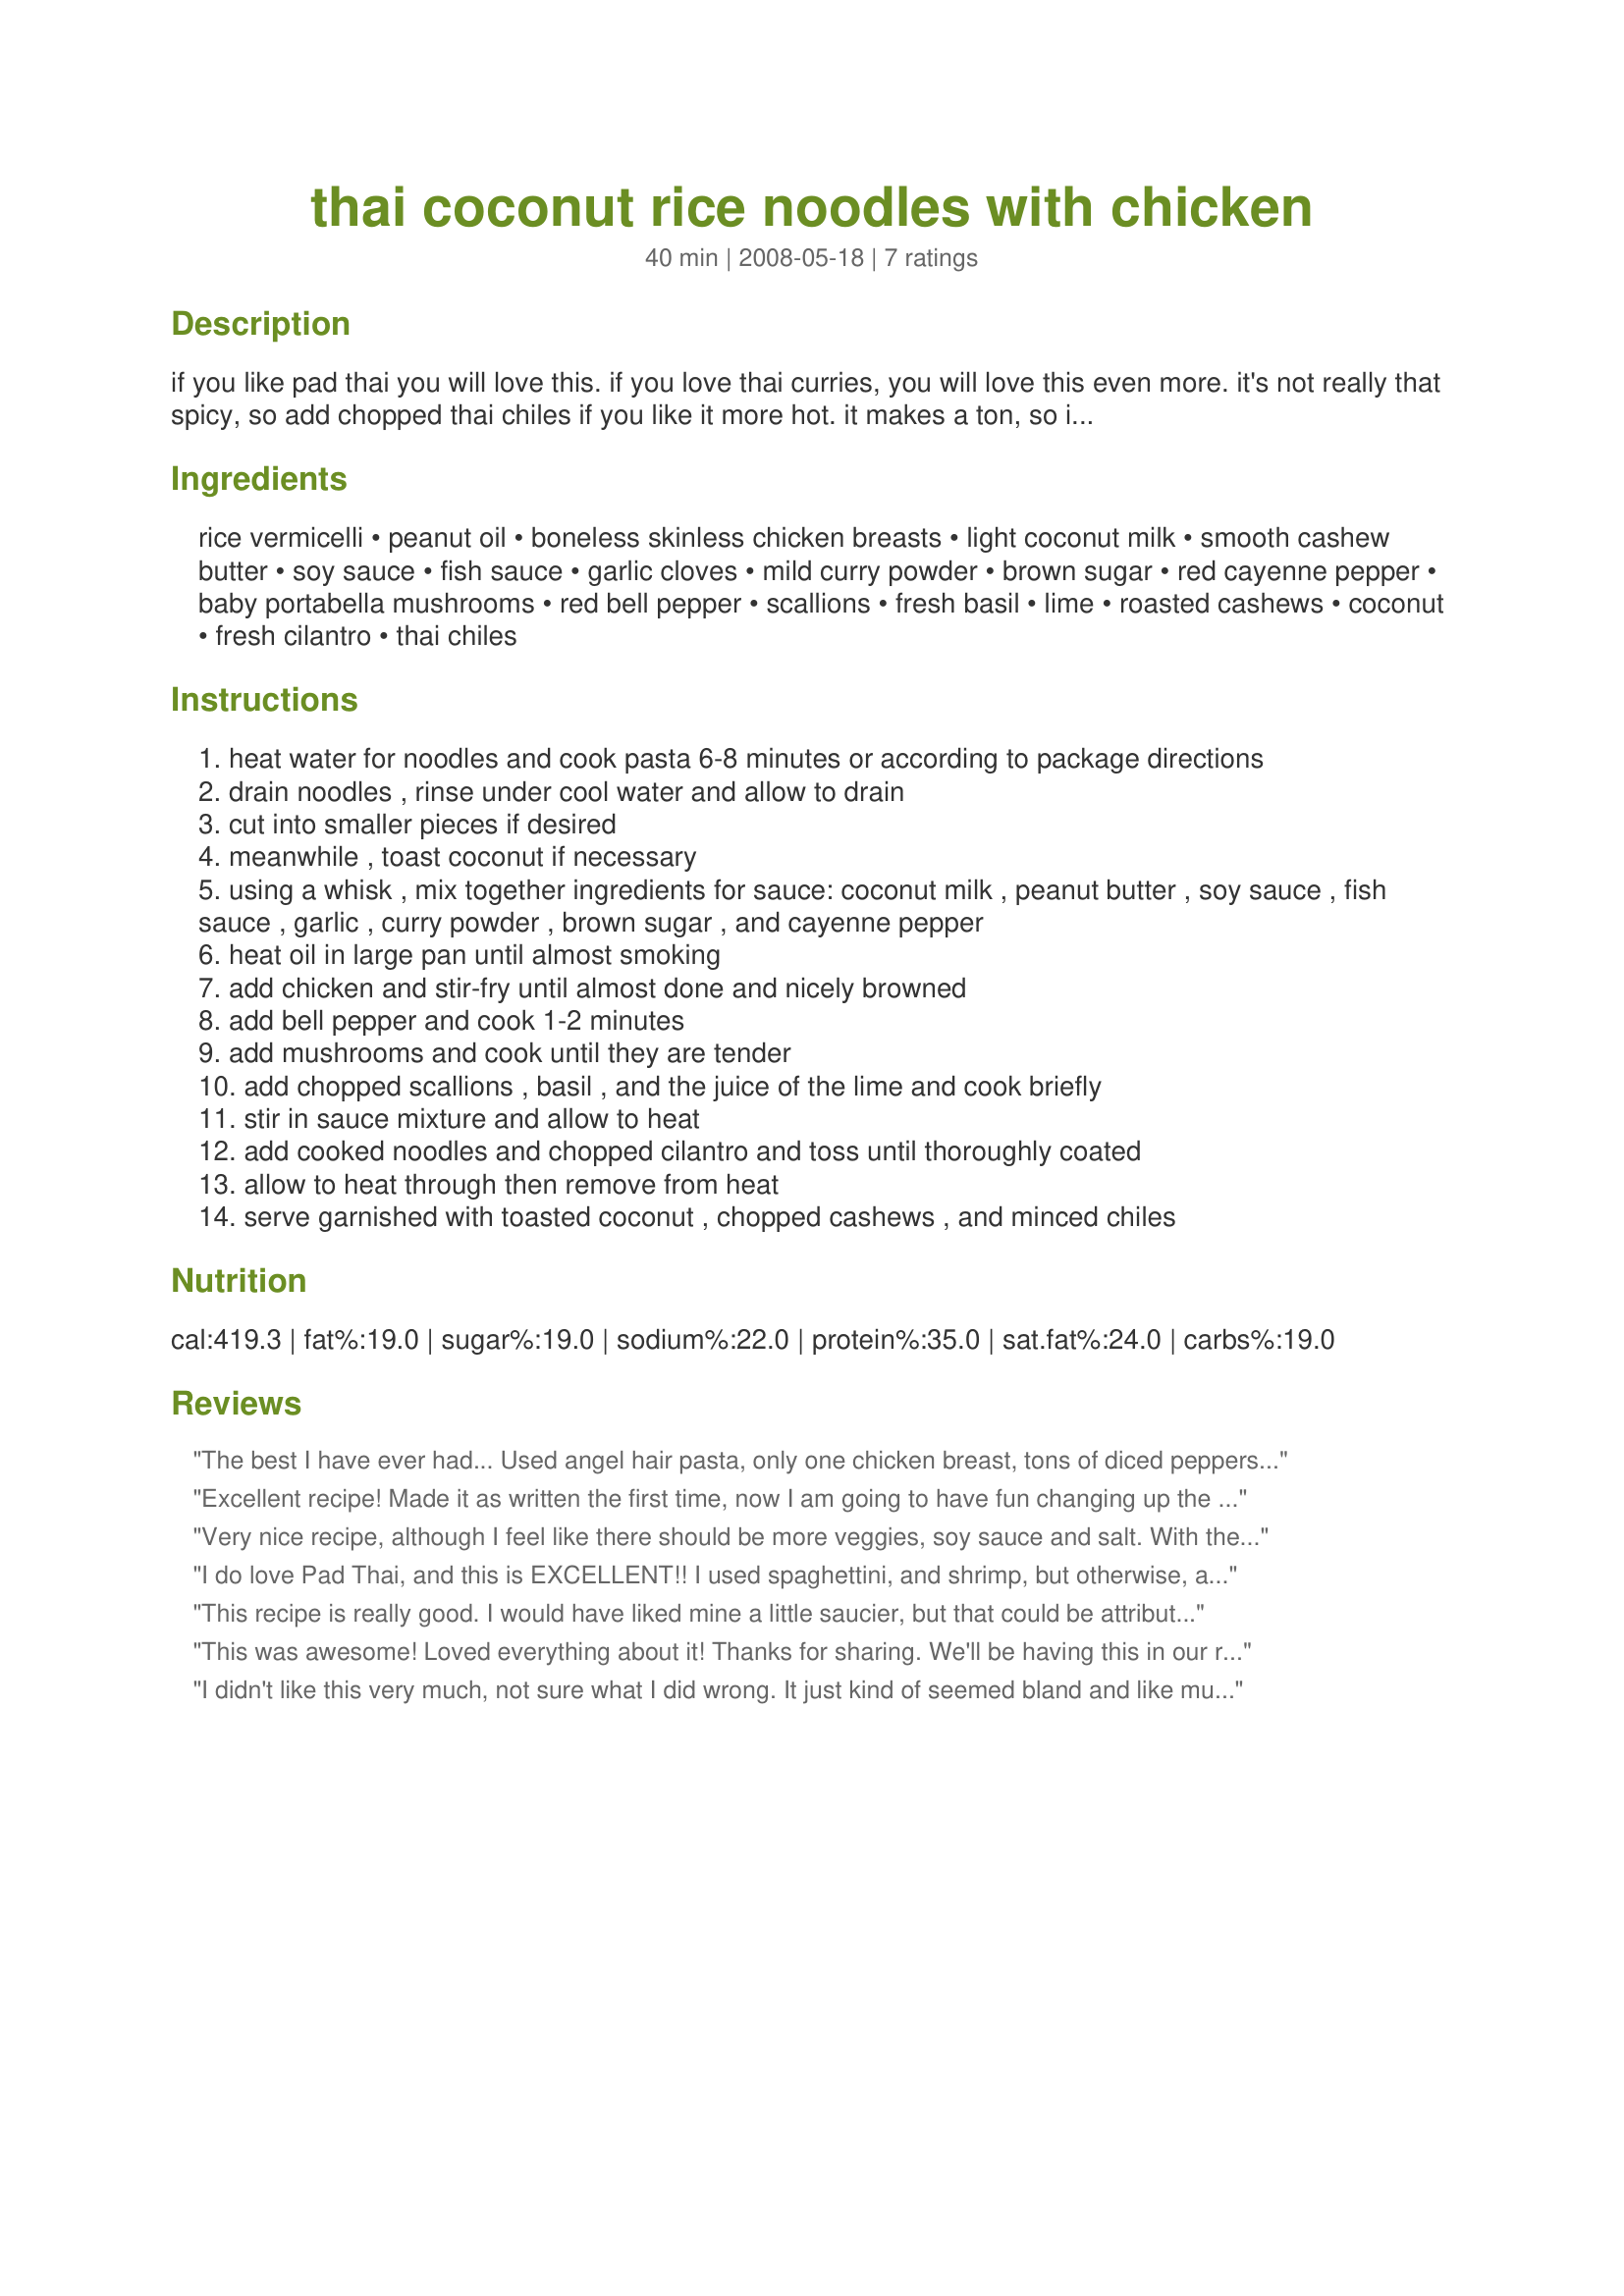
thai coconut rice noodles with chicken
Preparation time: 40 minutes

if you like pad thai you will love this. if you love thai curries, you will love this even more. it's not really that spicy, so add chopped thai chiles if you like it more hot. it makes a ton, so invite a few of your friends over and have a martial arts film fest. everybody will be so happy.

Ingredients:
rice vermicelli, peanut oil, boneless skinless chicken breasts, light coconut milk, smooth cashew butter, soy sauce, fish sauce, garlic cloves, mild curry powder, brown sugar, red cayenne pepper, baby portabella mushrooms, red bell pepper, scallions, fresh basil, lime, roasted cashews, coconut, fresh cilantro, thai chiles

Steps:
heat water for noodles and cook pasta 6-8 minutes or according to package directions
drain noodles , rinse under cool water and allow to drain
cut into smaller pieces if desired
meanwhile , toast coconut if necessary
using a whisk , mix together ingredients for sauce: coconut milk , peanut butter , soy sauce , fish sauce , garlic , curry powder , brown sugar , and cayenne pepper
heat oil in large pan until almost smoking
add chicken and stir-fry until almost done and nicely browned
add bell pepper and cook 1-2 minutes
add mushrooms and cook until they are tender
add chopped scallions , basil , and the juice of the lime and cook briefly
stir in sauce mixture and allow to heat
add cooked noodles and chopped cilantro and toss until thoroughly coated
allow to heat through then remove from heat
serve garnished with toasted coconut , chopped cashews , and minced chiles

Reviews:
The best I have ever had... Used angel hair pasta, only one chicken breast, tons of diced peppers and celery, and subbed crushed red pepper for the cayenne. Thank you so much.... What a keeper! This makes the perfect mount of sauce for a pound of pasta.
Excellent recipe! Made it as written the first time, now I am going to have fun changing up the protein and veggie combinations. Making it for a second time today, but as a vegetarian entree.
Very nice recipe, although I feel like there should be more veggies, soy sauce and salt. With these small corrections I&#039;m definitely saving this recipe for the future! For all the vegetarians out there, I substituted chicken with red chili beans - they fit perfectly! Thank you for sharing this great recipe!
I do love Pad Thai, and this is EXCELLENT!! I used spaghettini, and shrimp, but otherwise, as directed, and I'll be making this again, often.

I added minced chillies to DHs, but not to mine, so we were both happy!

I must find some cashew butter, and try it like that, as well!

So easy, so delicious, thanks Sue, for another excellent recipe!
This recipe is really good. I would have liked mine a little saucier, but that could be attributed to the fact that I used rice noodles that, while thin, were probably a bit thicker than vermicelli and may have absorbed more of the sauce, so make sure you use vermicelli as directed! This had lovely flavor. We minced two Thai chiles, which was the perfect amount of heat for us and we added them directly to the pan in step 9. We used peanut butter as I had it on hand. Thanks for a nice recipe!
This was awesome! Loved everything about it! Thanks for sharing. We'll be having this in our regular rotation :)
I didn't like this very much, not sure what I did wrong. It just kind of seemed bland and like mush. I didn't follow the recipe 100% (used tofu instead of chicken, no fish sauce, no cashews), so maybe that's why.
